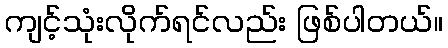
ကျင့်သုံးလိုက်ရင်လည်း ဖြစ်ပါတယ်။